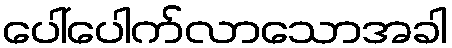
ပေါ်ပေါက်လာသောအခါ